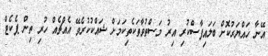
އޭނާ ހައްޔަރުކޮށް ބަލައިފާސްކުރި އިރު މަސްތުވާތަކެތިކަމަށް ޝައްކުކުރެވޭ އެއްޗެއް ހުރި ތިން ޕެކެޓް